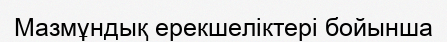
Мазмұндық ерекшеліктері бойынша